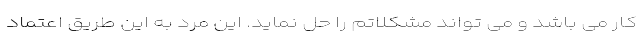
کار می باشد و می تواند مشکلاتم را حل نماید. این مرد به این طریق اعتماد